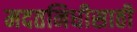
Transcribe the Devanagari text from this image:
मदतनिधीसाठी